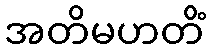
အတိမဟတိံ